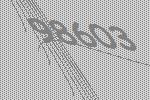
98603